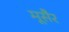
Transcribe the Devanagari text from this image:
मूसैर